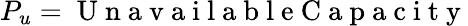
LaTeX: P_{u}=\mathrm{~U~n~a~v~a~i~l~a~b~l~e~C~a~p~a~c~i~t~y~}